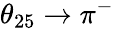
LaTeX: \theta_{25}\to\pi^{-}